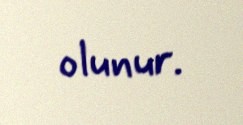
olunur.